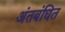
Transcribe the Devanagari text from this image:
अंतबंधित